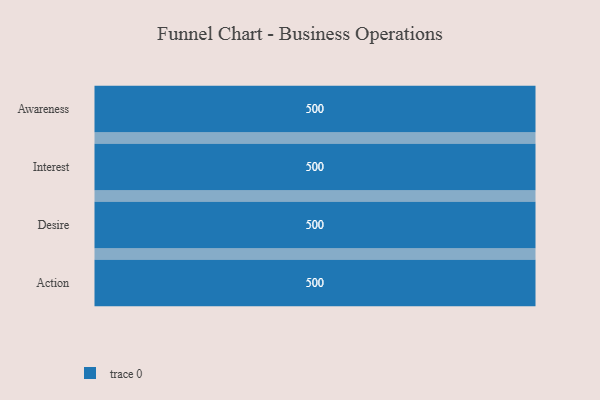
{"axis": {"x": "Stage", "y": "Value"}, "legend": [""], "data": [{"x": "Awareness", "y": 500, "type": ""}, {"x": "Interest", "y": 500, "type": ""}, {"x": "Desire", "y": 500, "type": ""}, {"x": "Action", "y": 500, "type": ""}]}